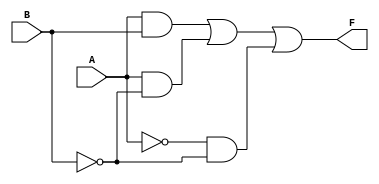
module KMap_2Var (
    input wire A,      // Input A
    input wire B,      // Input B
    output wire F      // Output F
);

// Define the minterm values based on the K-map filling
// For example, let's assume the following values:
// m0 = 1, m1 = 0, m2 = 1, m3 = 1
// This corresponds to the function: F(A, B) = A + AB'

assign F = (A & B) | (A & ~B) | (~A & ~B); // F = A + AB' (based on the example values)

endmodule